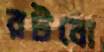
রটবো